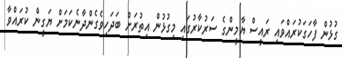
ގުޅުން ފާހަގަކުރައްވައި ރައީސް ޔާމީންގެ ސަރުކާރުގައި މިގުޅުން އިތުރަށް ބަދަހިވެގެންދާނެކަމަށް ޔަގީން ކުރައްވާ